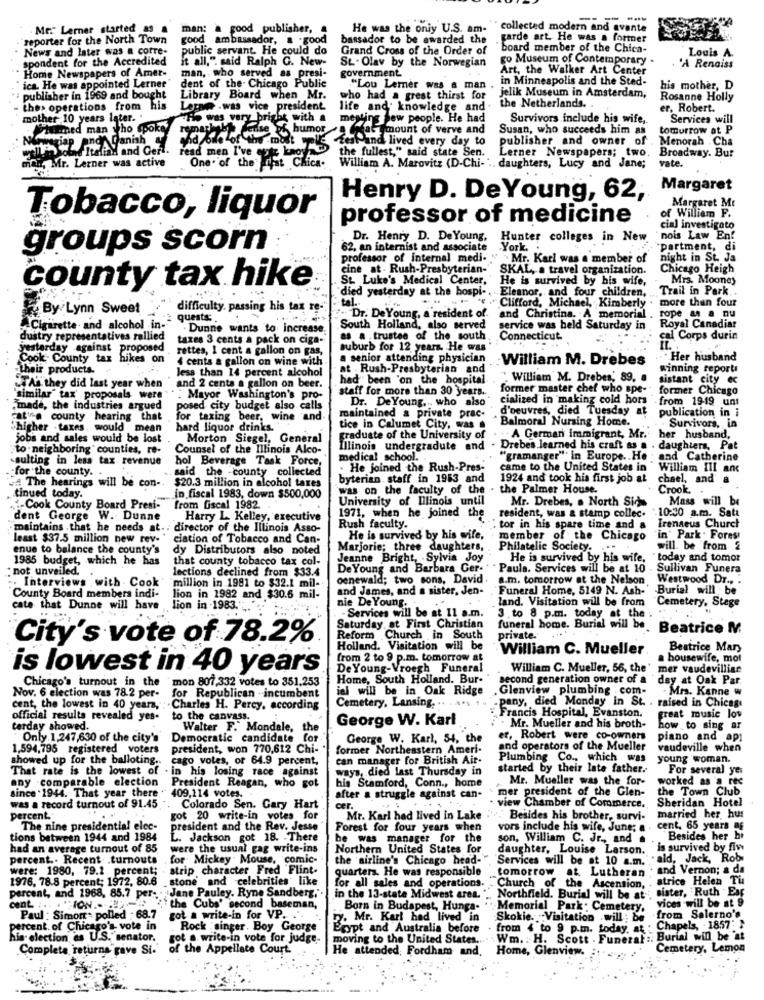
----
. Me. Lerner started as a
man; a good publisher, a
He was the only U.S. am-""collected modern and avante
reporter for the North Town
good ambassador, a .good
bassador to be awarded the
garde art. He was a former
News and later was a corre-
public servant. He could do
Grand Cross of the Order of
board member of the Chica-
Louis A.
spondent for the Accredited
it all,". said Ralph G. New-
St . Olav by the Norwegian
go Museum of Contemporary
Home Newspapers of Amer-
government
Art, the Walker Art Center
'A Renaiss
man, who served as presi-
in Minneapolis and the Sted-
ica. He was appointed Lerner
dent of the- Chicago Public
"Lou Lerner was a man .
his mother, D
publisher in 1969 and bought
Library Board when Mr.
who had a great thirst for
jelik Museum in Amsterdam,
Rosanne Holly
the> operations from his
Lecae . was vice president
life and knowledge and.
the Netherlands ..
er, Robert.
mother 10 years later. .
"Ho was very bright with a
meating new people. He had
Survivors include his wife,
Services will
Phumed man who spoke,
remarks sense of humor a great amount of verve and
Susan, who succeeds him as
tomorrow at P
siap enon Danish &
LesP and lived every day to
publisher and owner of
Menorah . Cha
the fullest," said state Sen.
hein old Italian and Gerl. read men I've cute kacy
One of the List Chica.
Lerner Newspapers; two.
Broadway. But
mon, Mr. Lerner was active
William A. Marovitz (D-Chi- ... daughters, Lucy and Jane;
vate.
Margaret
Henry D. De Young, 62,
Margaret Mt
Tobacco, liquor
professor of medicine
of William F.
cial investigato
Dr. Henry D. DeYoung, Hunter colleges in New
nois Law Ent
groups scorn
62, an internist and associate
York.
partment, di
professor of internal medi-
Mr. Karl was a member of
night in St. Ja
cine at - Rush-Presbyterian-
SKAL, a travel organization.
Chicago Heigh
St. Luke's Medical Center.
He is survived by his wife,
Mrs. Mooney
county tax hike
"died yesterday at the hospi -.
Trail in Park.
tel.
Eleanor, and four children.
By Lynn Sweet
difficulty, passing his tax re-
Clifford, Michael, Kimberly . more than four
quests: .
. Dr. De Young, a resident of. and Christina. A memorial
rope an a nu
Cigarette and alcohol in."
Dunne wants to increase.
South Holland, also served
service was held Saturday in
Royal Canadiar
dustry representatives rallied
taxes 3 cents a pack on ciga-
as a trustee of the south.
Connecticut
cal Corps durin
yesterday against proposed
rettes, I cent a gallon on gas,
suburb for 12 years. He was '
It.
Cook County tax hikes on
4 cents a gallon on wine with
a senior attending physician
:William M. Drebes
. Her husband
Their products.
less than 14 percent alcohol
at . Rush-Presbyterian and
winning reports
had been 'on the hospital
" William M. Drebes, 89, a
sistant city ec
As they did last year when and 2 cents a gallon on beer.
staff for more than 30 years.
former master chef who spe-
former Chicago
"similar" tax' proposals were"
. Mayor Washington's pro-
Dr. De Young, who also
cialized in making cold hors
. from 19-19 unt
made, the industries argued
posed city budget also calls
maintained a private prac-
d'oeuvres, died Tuesday at
publication in i
catvre county hearing that
for taxing beer, wine and
" Balmoral Nursing Home.
"higher . taxes. would mean
hard liquor drinks.
tice in Calumet City, was .
Survivors, in
jobs and sales would be lost
Morton Siegel, General
graduate of the University of
- A German immigrant, Mr.
her husband,
to neighboring" counties, re-
Counsel of the Illinois Alco-
Illinois undergradute and
Drebes learned his craft as a . daughters, Pat
.sulting in less tax revenue
hol Beverage Task Force,
medical school.
"gramanger"" in Europe .. He ; and Catherine
said the -county collected
. He joined the Rush-Pres-
came to the United States in William III anc
-for the county ..
# The hearings will be con-
byterian. staff in 1953 and
1924 and took his first job at
chael, and a
$20.3 million in alcohol taxes
was on the faculty of the . the Palmer House.
Crook. .
tinued today.
in fiscal 1983, down $500,000
University of Illinois until
Mr. Drebes, a North Side
Mass will be
-Cook County Board Presi-
from fiscal 1982
-10:30 a.m. Satt
dent George W. Dunne
Harry L. Kelley, executive
1971, when he joined the
resident, was & stamp collec.
Irenaeus Church
maintains .that he needs at .: director of the Illinois Asso-
Rush faculty.
. tor in his spare time and a
least $37.5 million new rev- " ciation of Tobacco and Can-
He is survived by his wife,
member of the Chicago
"in" Park . Forest
enue to balance the county's
dy Distributors also noted
Marjorie; three daughters,
Philatelic Society. ...
will. be from 2
1985 budget, which he has
that county tobacco tax col-
Jeanne Bright, . Sylvia Joy
He is survived by his wife,
today and tomor
. not unveiled.
lections declined from $33.4
De Young and Barbara Ger-
* Paula. Services will be at 10 . Sullivan Funera
oenewald; two sons, David.
a.m. tomorrow at the Nelson
Westwood Dr .. .
.. Interviews with Cook ' million in 1981 to $32.1 mil-
and James, and a sister, Jen-
"Funeral Home, 5149 N. Ash-
Burial will . be
County Board members indi-
lion in 1982 and $30.6 mil-
land. Visitation will be from
Cemetery, Stage
cate that Dunne will have lion in 1983. .. ".
nie De Young.
- Services will be at 11 a.m.
3 to 8 p.m. today at the
Saturday, at First Christian
funeral home. Burial will be. Beatrice M
City's vote of 78.2%
Reform Church in South
private. ....
Holland. Visitation will be
William C. Mueller
Beatrice Mary
from 2 to 9 p.m. tomorrow at
a housewife, mot
is lowest in 40 years
De Young-Vroegh Funeral
William C. Mueller, 56, the' mer vaudevilliar
Chicago's turnout in the mon 807,332 votes to 351,253
Home, South Holland. Bur-
second generation owner of a
day at Oak Par.
ial will be in Oak Ridge .Glenview plumbing .com-
- Mrs. Kanne w
Nov. 6 election was 78.2 per-
for Republican -incumbent
cent, the lowest in 40 years, : Charles H. Percy, according
Cemetery, Lansing. .. . .
.pany, died Monday in St. . raised in Chicag
Francis Hospital, Evanston.
official results revealed yes-
to the canvass.
George W. Karl
great music lov
terday showed.
Walter F." Mondale,
the
Mr. Mueller and his broth-
how to sing ar
Only 1,247,630 of the city's
Democratic candidate
George W. Karl, 54, the
er, Robert were co-owners
piano and api
1,594,795 registered voters
president, won 770,612 Chi-
former Northeastern Ameri-
and operators of the Mueller
vaudeville when
showed up for the balloting ..
cago votes, or 64.9 percent,
can manager for British Air-
Plumbing Co ., which was
young woman.
That rate is the lowest of . in his losing race against
ways, died last Thursday in
started by their late father.
For several yes
any comparable election President Reagan, who got
Mr. Mueller was the for-
worked as a rec
his Stamford, Conn ., home
the Town Club
since 1944. That year there " 409,114 votes.
after a struggle against can-
mer president of the Glen-
Sheridan Hotel
was a record turnout of 91.45
Colorado Sen. Gary Hart
cer.
view Chamber of Commerce.
percent.
got 20 write-in votes for
Mr. Karl had lived in Lake . . " Besides his brother, survi-
married her hus
The nine presidential elec-
president and the Rev. Jesse
Forest for four years when
vors include his wife, June; &
cent. 65 years ag
tions between 1944 and 1984
L. Jackson got 18. - There
he was manager for the
son, William C. Jr ., and a
Besides her hi
had an average turnout of 85
were the usual gag write-ins
Northern United States for
daughter, Louise Larson.
is survived by fiw
percent .- Recent .turnouts
for Mickey Mouse, comic-
the airline's Chicago head-"
Services will be at 10 a.m.
. ald, Jack, Rob
were: 1980, 79.2 percent;
strip character Fred Flint-
quarters. He was responsible
tomorrow at Lutheran
and Vernon; a da
1976, 78.8 percent; 1972, 80.6
. stone and celebrities' like
for all sales and operations.
atrice Helen Tu
Jane Pauley. Ryne Sandberg,".
Church of the Ascension,
sister, Ruth Ear
percent, and 1968, 85.7 per ;.
cent :.
in the 13-state Midwest area.
Northfield. Burial will be at.
vices will be at 9
the Cubs' second baseman,
Born in Budapest, Hunga-
Memorial Park : Cemetery.
Paul : Simon- polled - 68.7
got a write-in for VP.
. Mr. Karl had lived in
Skokie. Visitation will : be from Salerno'.
percent. of Chicago's vote in
Rock singer. Boy George
Egypt and Australia before
- from 4 to 9 p.m. today, at : Chap
Chapels, - 1857-
his election es U.S. senator.
got a write-in vote for judge-
moving to the United States.
Wm. : H. Scott . Funeral :. Bu
" Burial will be at
Completa returns gave Si-
of the Appellate Court.
He attended, Fordham and.
Home, Glenview.
Cemetery, Lemon